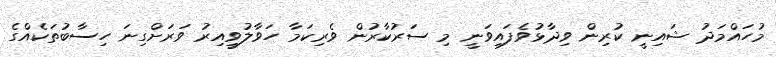
މުހައްމަދު ޝައިނީ ކުރިން ވިދާޅުވެފައިވަނީ މި ސަރުކާރުން ވެރިކަމާ ހަވާލުވީއިރު ވަރަށްގިނަ ހިސާބުތަކެއްގެ